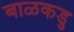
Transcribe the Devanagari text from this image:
बाळकडु